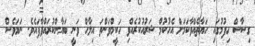
ގިސާސް ހިފުމުގައި ހަޔާތެއްވާކަމަށް އެހުކުމް ޝަރުއުކުރެއްވި ހަކީމްވަންތަ އިލާހް ވަނީ ބަޔާންކުރައްވާފައެވެ. ނަމަވެސް